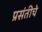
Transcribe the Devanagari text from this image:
प्रसंतीचे